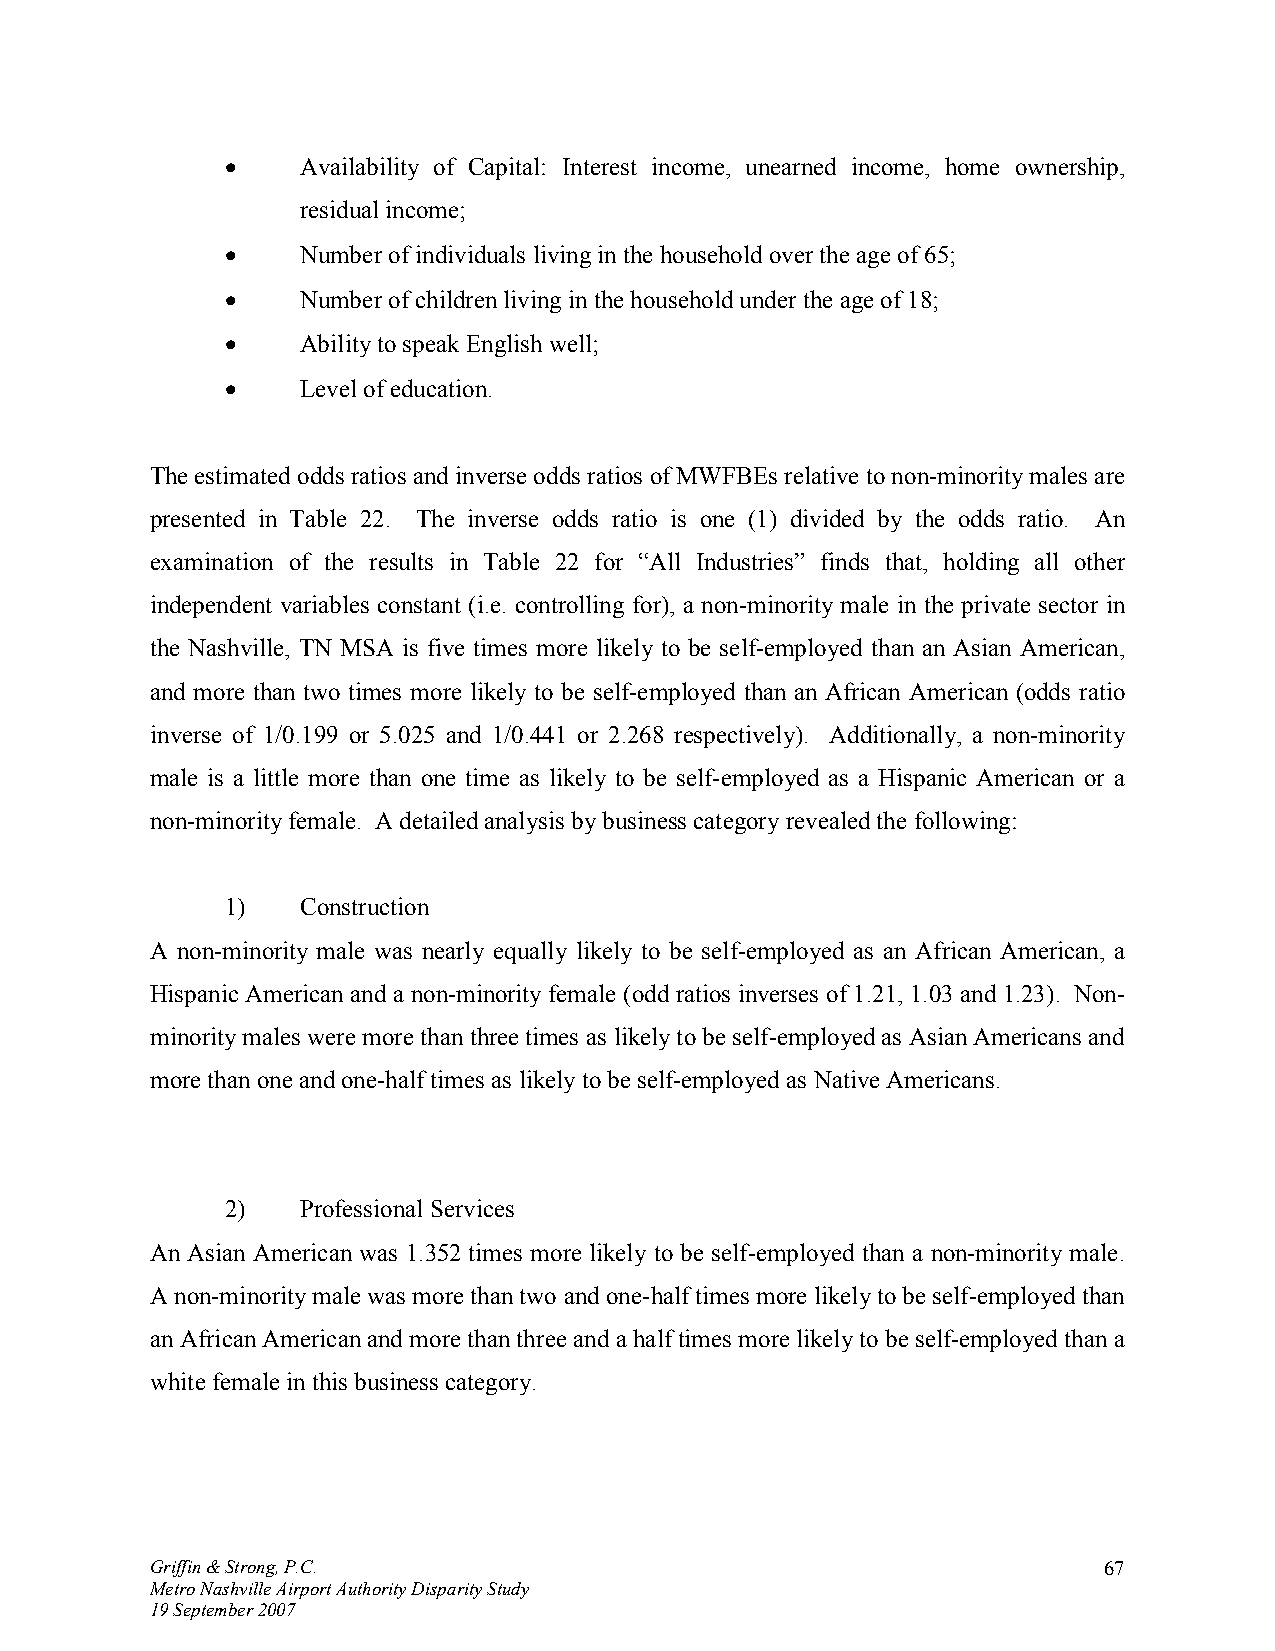
•    Availability of Capital: Interest income, unearned income, home ownership,
 residual income;
 •    Number of individuals living in the household over the age of 65;
 •    Number of children living in the household under the age of 18;
 •    Ability to speak English well;
 •    Level of education.
 The estimated odds ratios and inverse odds ratios of MWFBEs relative to non-minority males are
 presented in Table 22. The inverse odds ratio is one (1) divided by the odds ratio. An
 examination of the results in Table 22 for “All Industries” finds that, holding all other
 independent variables constant (i.e. controlling for), a non-minority male in the private sector in
 the Nashville, TN MSA is five times more likely to be self-employed than an Asian American,
 and more than two times more likely to be self-employed than an African American (odds ratio
 inverse of 1/0.199 or 5.025 and 1/0.441 or 2.268 respectively). Additionally, a non-minority
 male is a little more than one time as likely to be self-employed as a Hispanic American or a
 non-minority female. A detailed analysis by business category revealed the following:
 1)   Construction
 A non-minority male was nearly equally likely to be self-employed as an African American, a
 Hispanic American and a non-minority female (odd ratios inverses of 1.21, 1.03 and 1.23). Non-
 minority males were more than three times as likely to be self-employed as Asian Americans and
 more than one and one-half times as likely to be self-employed as Native Americans.
 2)   Professional Services
 An Asian American was 1.352 times more likely to be self-employed than a non-minority male.
 A non-minority male was more than two and one-half times more likely to be self-employed than
 an African American and more than three and a half times more likely to be self-employed than a
 white female in this business category.
 Griffin & Strong, P.C.                                         67
 Metro Nashville Airport Authority Disparity Study
 19 September 2007